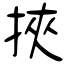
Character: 挾